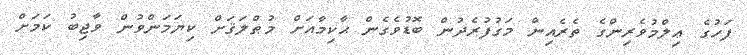
ފަހުގެ ޢިލްމުވެރިންގެ ތެރެއިން މަގުފުރެދުން ބޮޑުވެގެން ޙާކިމާއަށް މުޠްލަޤަށް ކިޔަމަންވުން ވާޖިބު ކަމަށް